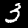
Label: 3